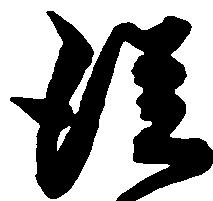
従